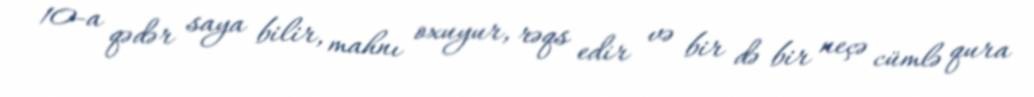
10-a qədər saya bilir, mahnı oxuyur, rəqs edir və bir də bir neçə cümlə qura